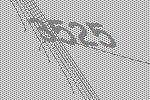
3525